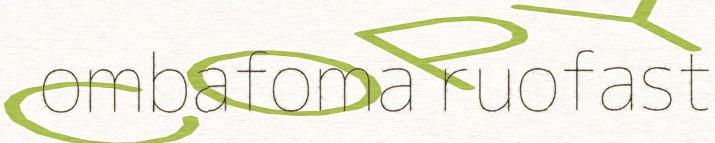
ombafoma ruofast